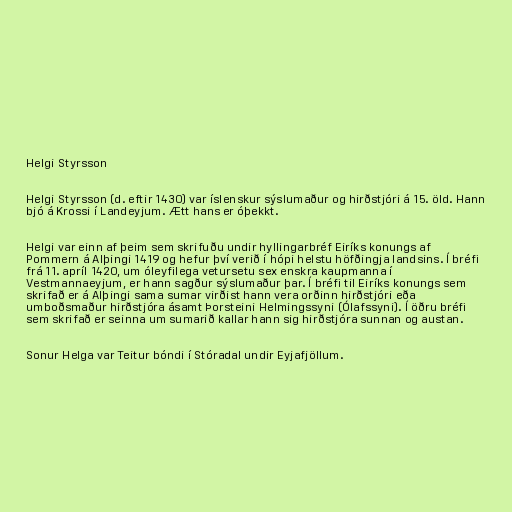
Helgi Styrsson

Helgi Styrsson (d. eftir 1430) var íslenskur sýslumaður og hirðstjóri á 15. öld. Hann
bjó á Krossi í Landeyjum. Ætt hans er óþekkt.

Helgi var einn af þeim sem skrifuðu undir hyllingarbréf Eiríks konungs af
Pommern á Alþingi 1419 og hefur því verið í hópi helstu höfðingja landsins. Í bréfi
frá 11. apríl 1420, um óleyfilega vetursetu sex enskra kaupmanna í
Vestmannaeyjum, er hann sagður sýslumaður þar. Í bréfi til Eiríks konungs sem
skrifað er á Alþingi sama sumar virðist hann vera orðinn hirðstjóri eða
umboðsmaður hirðstjóra ásamt Þorsteini Helmingssyni (Ólafssyni). Í öðru bréfi
sem skrifað er seinna um sumarið kallar hann sig hirðstjóra sunnan og austan.

Sonur Helga var Teitur bóndi í Stóradal undir Eyjafjöllum.